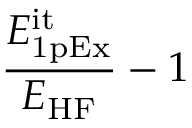
\frac { E _ { \mathrm { 1 p E x } } ^ { \mathrm { i t } } } { E _ { \mathrm { H F } } } - 1